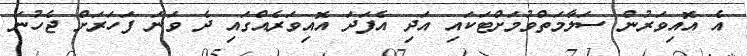
އެ އޮއިވަރުން ސަލާމަތްވުމަށްޓަކައި އަދި އެފަދަ އޮއިވަރެއްގައި ދެ ވަނަ ފަހަރަށް ޖެހުނަ